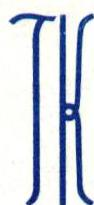
TK